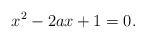
LaTeX: \begin{align*}x^2-2ax+1=0.\end{align*}